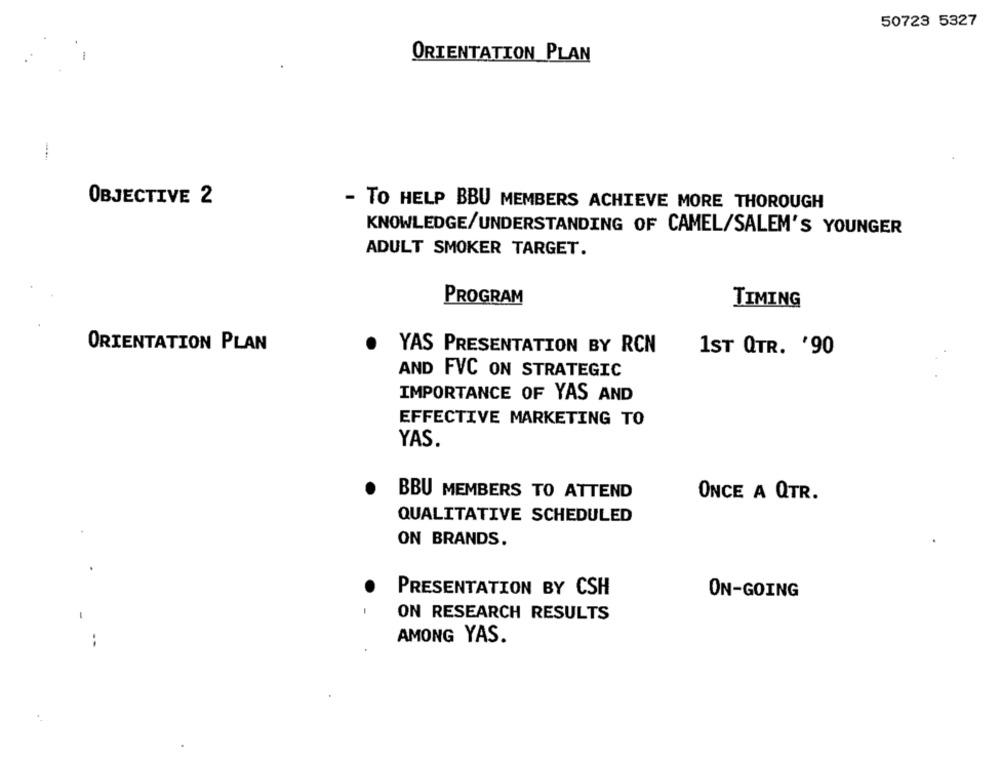
50723 5327
ORIENTATION PLAN
OBJECTIVE 2
- TO HELP BBU MEMBERS ACHIEVE MORE THOROUGH
KNOWLEDGE/UNDERSTANDING OF CAMEL/SALEM'S YOUNGER
ADULT SMOKER TARGET.
PROGRAM
TIMING
ORIENTATION PLAN
YAS PRESENTATION BY RCN
1ST QTR. '90
AND FVC ON STRATEGIC
IMPORTANCE OF YAS AND
EFFECTIVE MARKETING TO
YAS.
BBU MEMBERS TO ATTEND
ONCE A QTR.
QUALITATIVE SCHEDULED
.
ON BRANDS.
PRESENTATION BY CSH
ON-GOING
ON RESEARCH RESULTS
--
AMONG YAS.